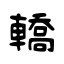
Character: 轎